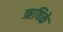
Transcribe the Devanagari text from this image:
ऋषिके